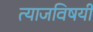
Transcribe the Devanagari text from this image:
त्याजविषयीं